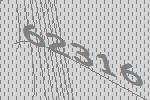
62316